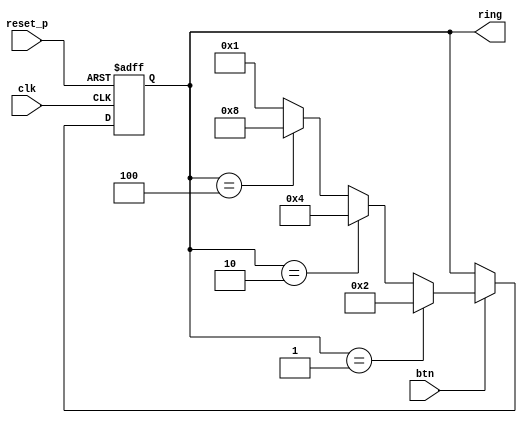
`timescale 1ns / 1ps
module fan_ring_counter(
        input clk, reset_p,
        input btn,
        output reg [3:0] ring
    );
    
    always @(posedge clk or posedge reset_p)begin
        if(reset_p) ring = 4'b0001;
        else if(btn) begin
            if(ring == 4'b0001) ring = 4'b0010;
            else if(ring == 4'b0010) ring = 4'b0100;
            else if(ring == 4'b0100) ring = 4'b1000;
            else if(ring == 4'b1000) ring = 4'b0001;
            else ring = 4'b0001;                 //  
        end 
    end
endmodule